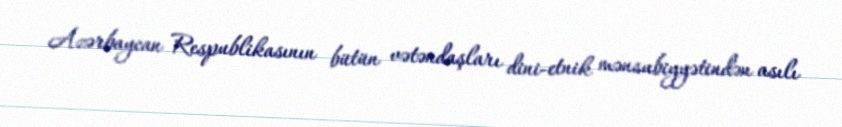
Azərbaycan Respublikasının bütün vətəndaşları dini-etnik mənsubiyyətindən asılı